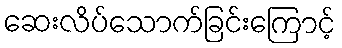
ဆေးလိပ်သောက်ခြင်းကြောင့်